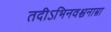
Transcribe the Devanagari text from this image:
तदीऽभिनवश्चनाम्ना